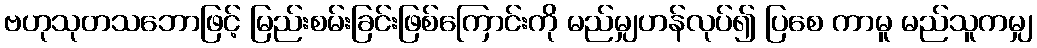
ဗဟုသုတသဘောဖြင့် မြည်းစမ်းခြင်းဖြစ်ကြောင်းကို မည်မျှဟန်လုပ်၍ ပြစေ ကာမူ မည်သူကမျှ